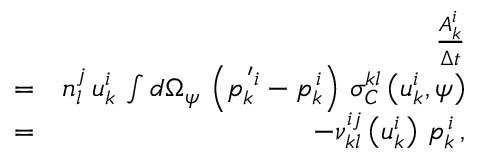
\begin{array} { r l r } & { } & { \frac { A _ { k } ^ { i } } { \Delta t } } \\ & { = } & { n _ { l } ^ { j } \, u _ { k } ^ { i } \, \int d \Omega _ { \psi } \, \left( p _ { k } ^ { \, ^ { \prime } i } - p _ { k } ^ { \, i } \right) \, \sigma _ { C } ^ { k l } \left( u _ { k } ^ { i } , \psi \right) } \\ & { = } & { - \nu _ { k l } ^ { i j } \left( u _ { k } ^ { i } \right) \, p _ { k } ^ { \, i } \, , } \end{array}